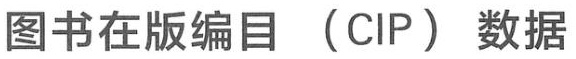
图书在版编目（CIP）数据